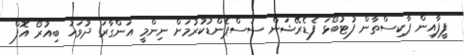
ފީފާއިން ޕާކިސްތާން ފުޓުބޯޅަ ފެޑެރޭޝަން ސަސްޕެންޑުކުރުމަށް ނިންމީ އަންގާރަ ދުވަހު ބިއުރޯ އޮފް